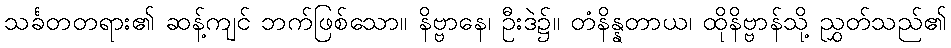
သင်္ခတတရား၏ ဆန့်ကျင် ဘက်ဖြစ်သော။ နိဗ္ဗာနေ၊ ဦးဒဲ၌။ တံနိန္နတာယ၊ ထိုနိဗ္ဗာန်သို့ ညွှတ်သည်၏